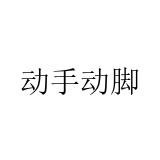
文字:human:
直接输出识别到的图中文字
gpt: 动手动脚